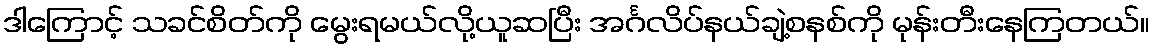
ဒါကြောင့် သခင်စိတ်ကို မွေးရမယ်လို့ယူဆပြီး အင်္ဂလိပ်နယ်ချဲ့စနစ်ကို မုန်းတီးနေကြတယ်။